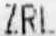
ZRL